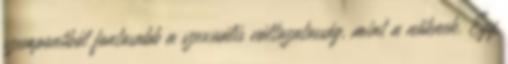
szempontból fontosabb a szexuális változatosság, mint a nőknek. Egy